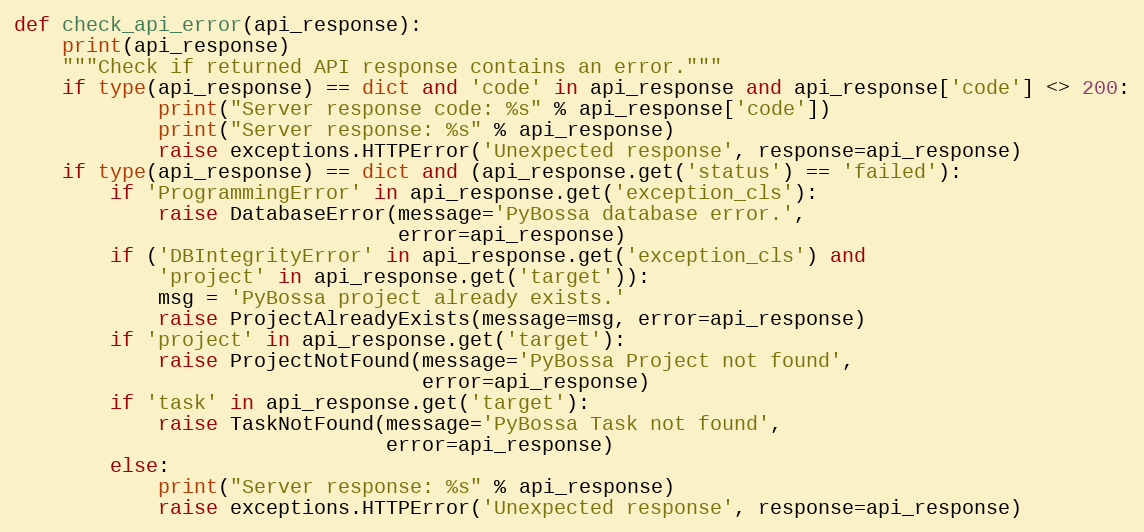
Language: Python
def check_api_error(api_response):
    print(api_response)
    """Check if returned API response contains an error."""
    if type(api_response) == dict and 'code' in api_response and api_response['code'] <> 200:
            print("Server response code: %s" % api_response['code'])
            print("Server response: %s" % api_response)
            raise exceptions.HTTPError('Unexpected response', response=api_response)
    if type(api_response) == dict and (api_response.get('status') == 'failed'):
        if 'ProgrammingError' in api_response.get('exception_cls'):
            raise DatabaseError(message='PyBossa database error.',
                                error=api_response)
        if ('DBIntegrityError' in api_response.get('exception_cls') and
            'project' in api_response.get('target')):
            msg = 'PyBossa project already exists.'
            raise ProjectAlreadyExists(message=msg, error=api_response)
        if 'project' in api_response.get('target'):
            raise ProjectNotFound(message='PyBossa Project not found',
                                  error=api_response)
        if 'task' in api_response.get('target'):
            raise TaskNotFound(message='PyBossa Task not found',
                               error=api_response)
        else:
            print("Server response: %s" % api_response)
            raise exceptions.HTTPError('Unexpected response', response=api_response)